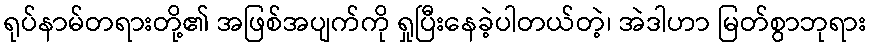
ရုပ်နာမ်တရားတို့၏ အဖြစ်အပျက်ကို ရှုပြီးနေခဲ့ပါတယ်တဲ့၊ အဲဒါဟာ မြတ်စွာဘုရား